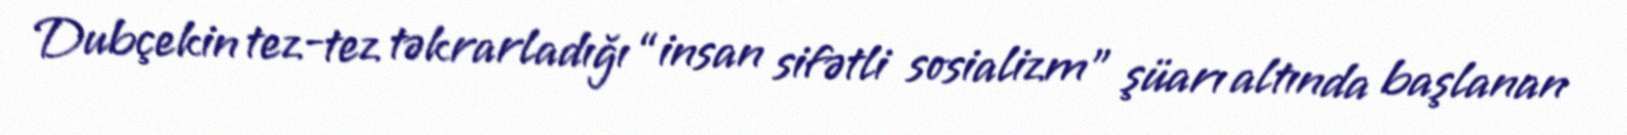
Dubçekin tez-tez təkrarladığı “insan sifətli sosializm” şüarı altında başlanan